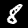
Digit: 8